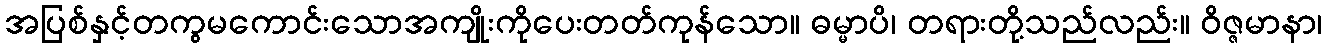
အပြစ်နှင့်တကွမကောင်းသောအကျိုးကိုပေးတတ်ကုန်သော။ ဓမ္မာပိ၊ တရားတို့သည်လည်း။ ဝိဇ္ဇမာနာ၊